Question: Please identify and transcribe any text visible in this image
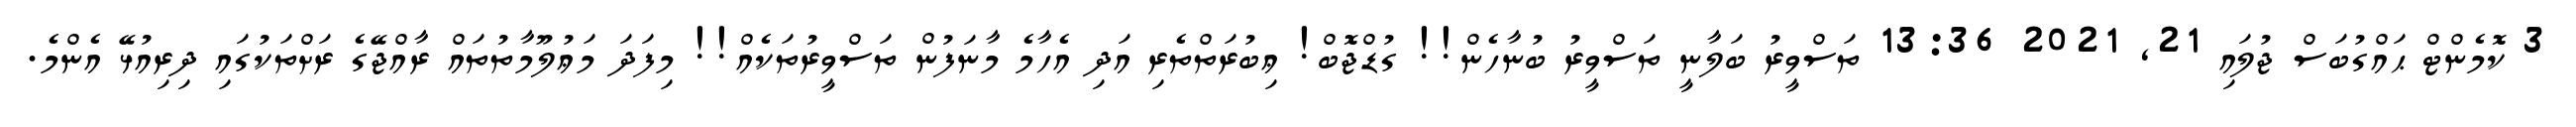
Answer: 3 ކޮމެންޓް ޙައްގުބަސް ޖުލައި 21, 2021 13:36 ތަސްވީރު ބަލާނީ ތަސްވީރު ބުނާހެން!! ގުޑްޖޮބް! ޢިބުރަތްތެރި އަދި އެހާމެ މާނަފުން ތަސްވީރުތަކެއް!! މިފަދަ މަޢުލޫމާތުތައް ރާއްޖޭގެ ރަށްތަކުގައި ދިރިއުޅޭ އެންމެ.